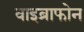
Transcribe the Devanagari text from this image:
वाइब्राफोन